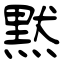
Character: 黙